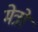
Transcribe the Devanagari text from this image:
मेत्रो